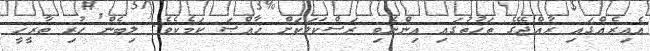
އެއިރެއްގައި ރާއްޖޭގެ ތަޚުތުގައި އިންނެވި ރަސްކަލަކަށް ޚާއްޞަ ކަމެކެވެ. ލިބެން ހުރި ތާރީޚީ